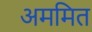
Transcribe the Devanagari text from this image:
अममित